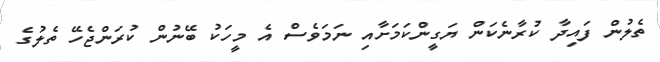
ތެލުން ފައިދާ ކުރާނެކަން ޔަގީންކަމަށާއި ނަމަވެސް އެ މީހަކު ބޭނުން ކުރަންޖެހޭ ތެލުގެ